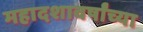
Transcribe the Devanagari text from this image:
महादशावर्षांच्या